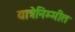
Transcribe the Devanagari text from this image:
यात्रेनिम्मीत